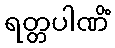
ရတ္တပါဏိံ